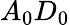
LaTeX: A_{0}D_{0}